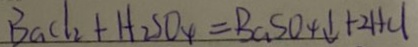
B a C l _ { 2 } + H _ { 2 } S O _ { 4 } = B a S O _ { 4 } \downarrow + 2 H C l